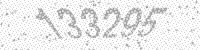
Solution: 133295